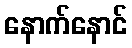
နောက်နောင်